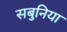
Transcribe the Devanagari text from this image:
सबुनिया